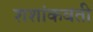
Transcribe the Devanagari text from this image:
शशांकवती